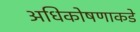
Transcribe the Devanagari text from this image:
अधिकोषणाकडे